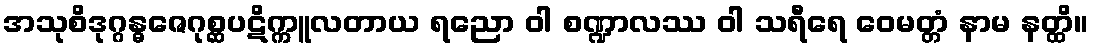
အသုစိဒုဂ္ဂန္ဓဇေဂုစ္ဆပဋိက္ကူလတာယ ရညော ဝါ စဏ္ဍာလဿ ဝါ သရီရေ ဝေမတ္တံ နာမ နတ္ထိ။